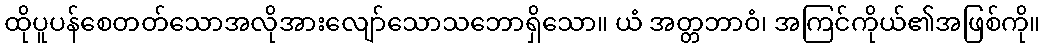
ထိုပူပန်စေတတ်သောအလိုအားလျော်သောသဘောရှိသော။ ယံ အတ္တဘာဝံ၊ အကြင်ကိုယ်၏အဖြစ်ကို။